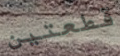
قطعتين